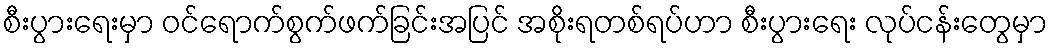
စီးပွားရေးမှာ ဝင်ရောက်စွက်ဖက်ခြင်းအပြင် အစိုးရတစ်ရပ်ဟာ စီးပွားရေး လုပ်ငန်းတွေမှာ